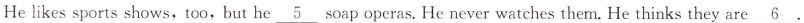
He likes sports shows,too,but he \underline{5} soap operas. He never watches them. He thinks they are \underline{6}.